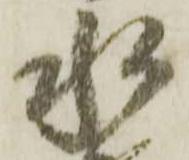
水